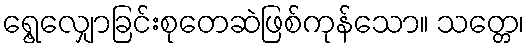
ရွေ့လျှောခြင်းစုတေဆဲဖြစ်ကုန်သော။ သတ္တေ၊